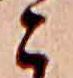
こ